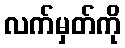
လက်မှတ်ကို